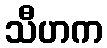
သီဟက